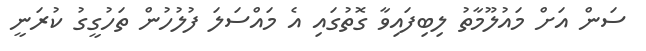
ސަން އަށް މައުލޫމާތު ލިބިފައިވާ ގޮތުގައި އެ މައްސަލަ ފުލުހުން ތަހުގީގު ކުރަނީ